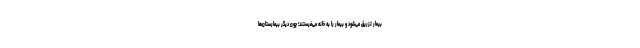
بیمار تزریق می‌شود و بیمار را به خانه می‌فرستند؛ چون دیگر بیمارستان‌ها